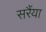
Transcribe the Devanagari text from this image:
सरैंया